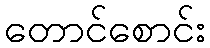
တောင်စောင်း